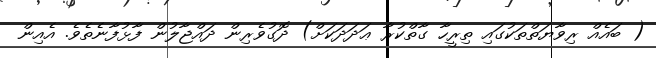
( ބައެއް ރިވާޔަތްތަކުގައި ތިރީހާ ގާތްކުރާ ޢަދަދަކަށް) ދޮގުވެރިން ދައްޖާލުން ފާޅުފާނެތެވެ. އެއިން